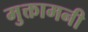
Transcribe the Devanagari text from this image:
मुक्तामनी